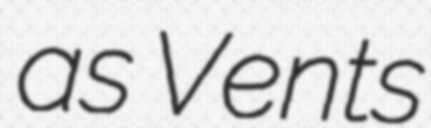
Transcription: as Vents